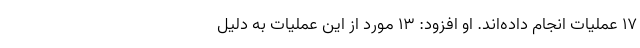
۱۷ عملیات انجام داده‌اند. او افزود: ۱۳ مورد از این عملیات به دلیل